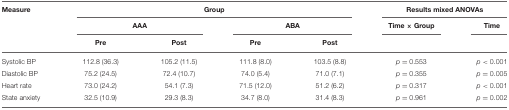
<table><thead><tr><td><b>Measure</b></td><td colspan="4"><b>Group</b></td><td colspan="2"><b>Results mixed ANOVAs</b></td></tr><tr><td></td><td colspan="2"><b>AAA</b></td><td colspan="2"><b>ABA</b></td><td><b>Time × Group</b></td><td><b>Time</b></td></tr><tr><td></td><td><b>Pre</b></td><td><b>Post</b></td><td><b>Pre</b></td><td><b>Post</b></td><td></td><td></td></tr></thead><tbody><tr><td>Systolic BP</td><td>112.8 (36.3)</td><td>105.2 (11.5)</td><td>111.8 (8.0)</td><td>103.5 (8.8)</td><td><i>p =</i> 0.553</td><td><i>p</i> &lt; 0.001</td></tr><tr><td>Diastolic BP</td><td>75.2 (24.5)</td><td>72.4 (10.7)</td><td>74.0 (5.4)</td><td>71.0 (7.1)</td><td><i>p =</i> 0.355</td><td><i>p</i> = 0.005</td></tr><tr><td>Heart rate</td><td>73.0 (24.2)</td><td>54.1 (7.3)</td><td>71.5 (12.0)</td><td>51.2 (6.2)</td><td><i>p =</i> 0.317</td><td><i>p</i> &lt; 0.001</td></tr><tr><td>State anxiety</td><td>32.5 (10.9)</td><td>29.3 (8.3)</td><td>34.7 (8.0)</td><td>31.4 (8.3)</td><td><i>p =</i> 0.961</td><td><i>p</i> = 0.002</td></tr></tbody></table>